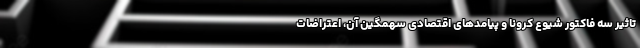
تاثیر سه فاکتور شیوع کرونا و پیامدهای اقتصادی سهمگین آن، اعتراضات